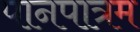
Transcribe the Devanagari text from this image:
पानपात्रम